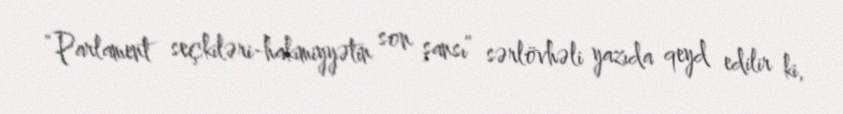
“Parlament seçkiləri-hakimiyyətin son şansı” sərlövhəli yazıda qeyd edilir ki,